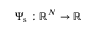
\Psi _ { \mathrm { s } } : \mathbb { R } ^ { N } \rightarrow \mathbb { R }